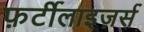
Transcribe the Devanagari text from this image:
फ़र्टीलाइज़र्स